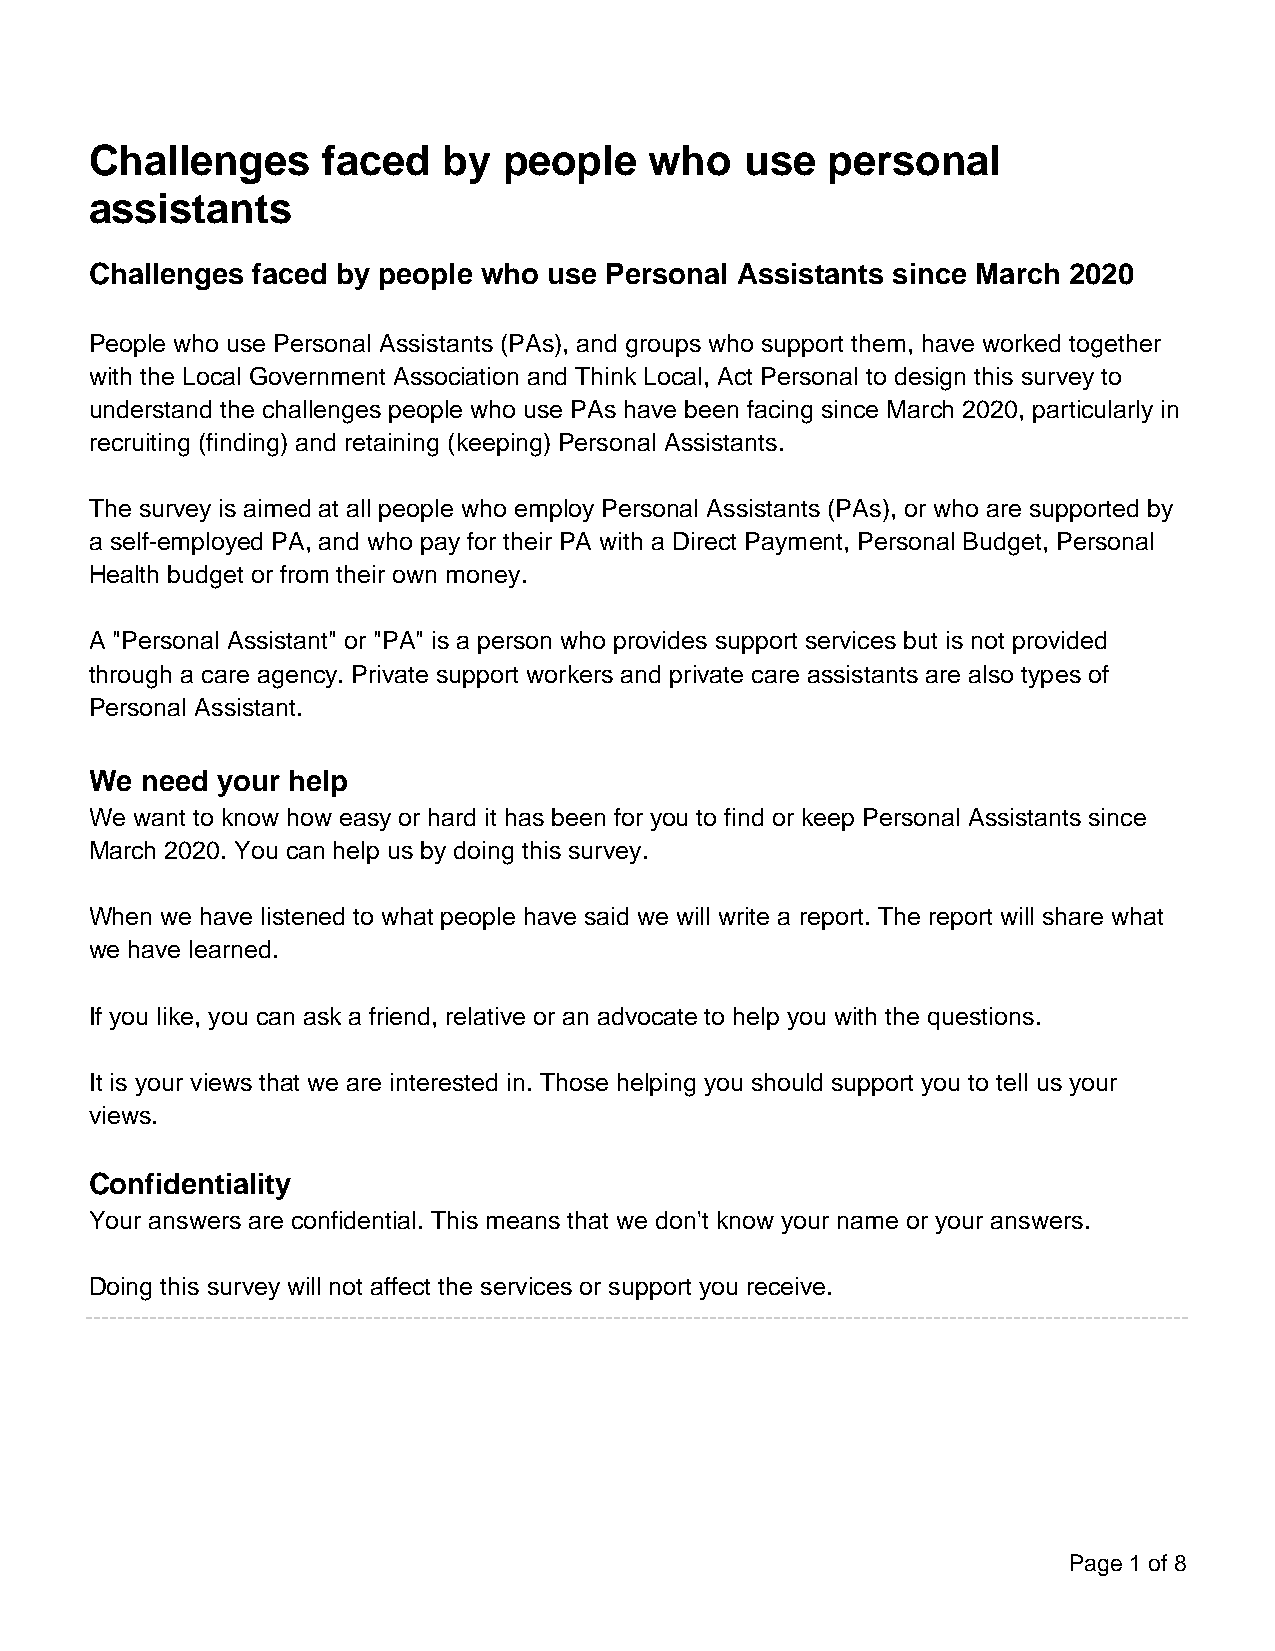
Challenges     faced   by  people    who   use   personal
 assistants
 Challenges faced by people who use Personal Assistants since March 2020
 People who use Personal Assistants (PAs), and groups who support them, have worked together
 with the Local Government Association and Think Local, Act Personal to design this survey to
 understand the challenges people who use PAs have been facing since March 2020, particularly in
 recruiting (finding) and retaining (keeping) Personal Assistants.
 The survey is aimed at all people who employ Personal Assistants (PAs), or who are supported by
 a self-employed PA, and who pay for their PA with a Direct Payment, Personal Budget, Personal
 Health budget or from their own money.
 A "Personal Assistant" or "PA" is a person who provides support services but is not provided
 through a care agency. Private support workers and private care assistants are also types of
 Personal Assistant.
 We need your help
 We want to know how easy or hard it has been for you to find or keep Personal Assistants since
 March 2020. You can help us by doing this survey.
 When we have listened to what people have said we will write a report. The report will share what
 we have learned.
 If you like, you can ask a friend, relative or an advocate to help you with the questions.
 It is your views that we are interested in. Those helping you should support you to tell us your
 views.
 Confidentiality
 Your answers are confidential. This means that we don't know your name or your answers.
 Doing this survey will not affect the services or support you receive.
 Page 1 of 8